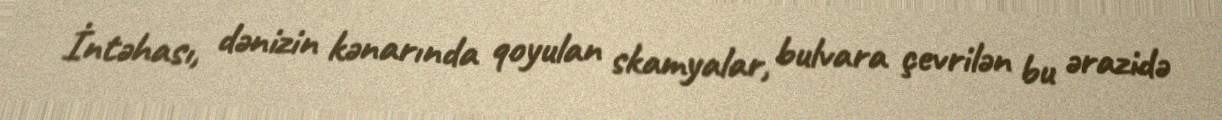
İntəhası, dənizin kənarında qoyulan skamyalar, bulvara çevrilən bu ərazidə